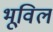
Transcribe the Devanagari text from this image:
भूविल